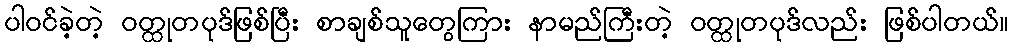
ပါဝင်ခဲ့တဲ့ ဝတ္ထုတပုဒ်ဖြစ်ပြီး စာချစ်သူတွေကြား နာမည်ကြီးတဲ့ ဝတ္ထုတပုဒ်လည်း ဖြစ်ပါတယ်။